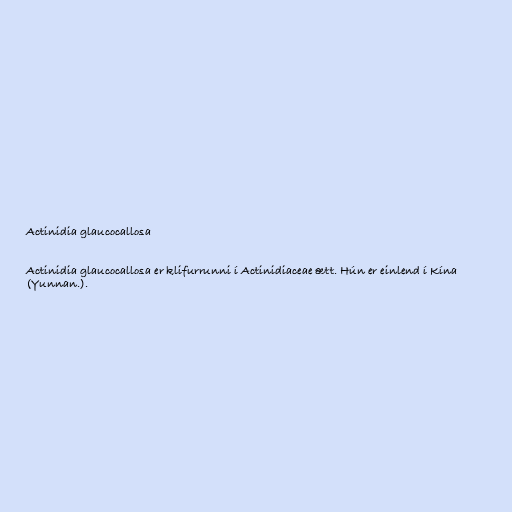
Actinidia glaucocallosa

Actinidia glaucocallosa er klifurrunni í Actinidiaceae ætt. Hún er einlend í Kína
(Yunnan.).